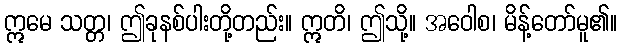
ဣမေ သတ္တ၊ ဤခုနစ်ပါးတို့တည်း။ ဣတိ၊ ဤသို့။ အဝေါစ၊ မိန့်တော်မူ၏။